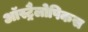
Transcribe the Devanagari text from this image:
ऑस्ट्रैलोपिकस